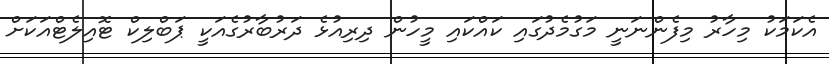
އެކަމަކު މިހާރު މިފެންނަނީ މަގުމެދުގައި ކައްކައި މީހުން ދިރިއުޅެ ދަރުބާރުގެއަކީ ޕަބްލިކް ޓޮއިލެޓްއަކަށް